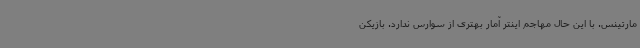
مارتینس. با این حال مهاجم اینتر آمار بهتری از سوارس ندارد. بازیکن